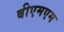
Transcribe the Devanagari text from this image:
बीएमएम